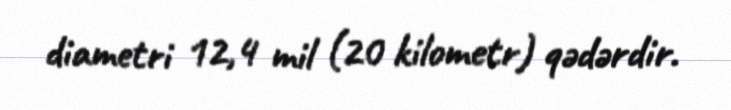
diametri 12,4 mil (20 kilometr) qədərdir.